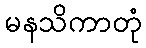
မနသိကာတုံ